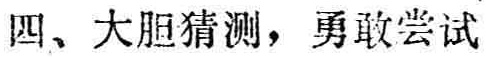
四、大胆猜测，勇敢尝试